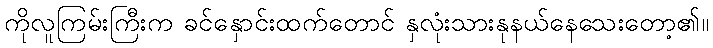
ကိုလူကြမ်းကြီးက ခင်နှောင်းထက်တောင် နှလုံးသားနုနယ်နေသေးတော့၏။